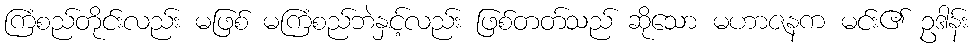
ကြံစည်တိုင်းလည်း မဖြစ် မကြံစည်ဘဲနှင့်လည်း ဖြစ်တတ်သည် ဆိုသော မဟာဇနက မင်း၏ ဥဒါန်း